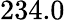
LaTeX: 234.0